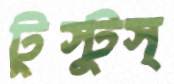
টুস্‌টুস্‌